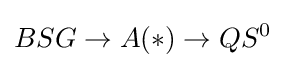
BSG\to A(*)\to QS^{0}